Vaccination United Provinces of Agra and Oudh 1902-1913 - 1902-1913
Year: 1902
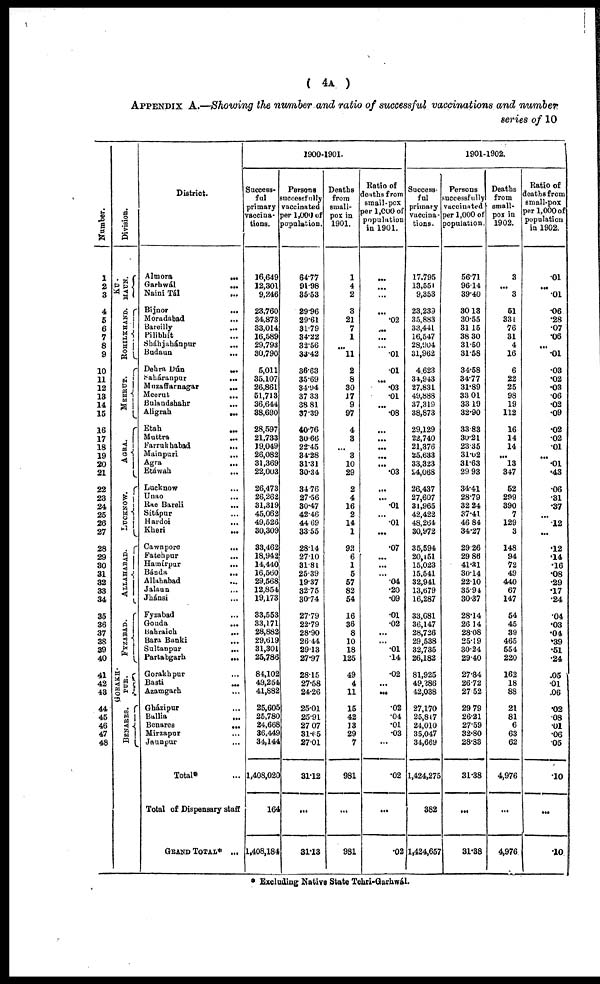
( 4A )
APPENDIX A.—Showing the number and ratio of successful vaccinations and number
series of 10
Number.
1
2
3
4
5
6
7
8
9
10
11
12
13
14
15
16
17
18
19
20
21
22
23
24
25
26
27
28
29
30
31
32
33
34
35
36
37
38
39
40
41
42
43
44
45
46
47
48
Division.
KU¬
MAUN.
ROHILKHAND.
MEERUT.
AGRA.
LUCKNOW.
ALLAHABAD.
FYZABAD.
GORAKH¬
PUR.
BENARES.
District.
Almora
...
Garhwál
...
Naini Tál
...
Bijnor
...
Moradabad
...
Bareilly
...
Pilibhít ...
Sháhjahánpur
...
Budaun ...
Dehra Dún
...
Saháranpur
...
Muzaffarnagar
...
Meerut
...
Bulandshahr
...
Aligrah
...
Etah ...
Muttra ...
Farrukhabad
...
Mainpuri
...
Agra
...
Etáwah
...
Lacknow ...
Unao
...
Rae Bareli
...
Sítápur ...
Hardoi ...
Kheri
...
Cawnpore
...
Fatehpur ...
Hamírpur
...
Bánda
...
Allahabad ...
Jalaun ...
Jhánsi ...
Fyzabad ...
Gonda
...
Babraich
...
Bara Banki ...
Sultanpur
...
Partabgarh
...
Gorakhpur ...
Basti ...
Azamgarh ...
Gházipur ...
Ballia ...
Benares
...
Mirzapur ...
Jaunpur ...
Total* ...
Total of Dispensary staff
GRAND TOTAL* ...
1900-1901.
Success-
ful
primary
vaccina-
tions.
16,649
12,301
9,246
23,760
34,873
33,014
16,589
29,793
30,790
5,011
35,107
26,861
51,713
36,644
38,690
28,597
21,733
19,049
26,082
31,369
22,003
26,473
26,262
31,319
45,062
49,526
30,309
33,462
18,942
14,440
16,560
29,568
12,854
19,173
33,553
33,171
28,882
29,619
31,301
25,786
84,102
49,254
41,882
25,605
25,780
24,668
36,449
34,144
1,408,020
164
1,408,184
Persons
successfully
vaccinated
per l,000 of
population.
64.77
91.98
35.53
29.96
29.61
31.79
34.22
32.56
33.42
36.63
35.69
34.94
37.33
38.81
37.39
40.76
30.66
22.45
34.28
31.31
30.34
34.76
27.56
30.47
42.46
44.69
33.55
28.14
27.10
31.81
25.39
19.37
32.75
30.74
27.79
22.79
28.90
26.44
29.13
27.97
28.15
27.58
24.26
25.01
25.91
27.07
31.65
27.01
31.12
...
31.13
Deaths
from
small-
pox in
1901.
1
4
2
3
21
7
1
...
11
2
8
30
17
9
97
4
3
...
3
10
29
2
4
16
2
14
1
92
6
1
5
57
82
54
16
36
8
10
18
125
49
4
11
15
42
13
29
7
981
...
981
Ratio of
deaths from
small-pox
per 1,000 of
population
in 1901.
...
...
...
...
.02
...
...
...
.01
.01
...
.03
.01
...
.08
...
...
...
...
...
.03
...
...
.01
...
.01
...
.07
...
...
...
.04
.20
.09
.01
.02
...
...
.01
.14
.02
...
...
.02
.04
.01
.03
...
.02
...
.02
1901-1902.
Success-
ful
primary
vaccina-
tions.
17,795
13,551
9,353
23,239
35,883
33,441
16,547
28,904
31,962
4,623
31,943
27,831
49,888
37,319
38,873
29,129
22,740
21,376
25,633
33,323
24,068
26,437
27,607
31,965
42,422
48,264
30,972
35,594
20,151
15,023
15,541
32,941
13,679
16,287
33,681
36,147
28,726
29,538
32,735
26,182
81,925
49,286
42,038
27,170
25,807
24,010
35,047
34,669
1,424,275
382
1,424,657
Persons
successfully
vaccinated
per 1,000 of
population.
56.71
96.14
39.40
30.13
30.55
31.15
38.30
31.50
31.58
34.58
34.77
31.89
33.01
33.19
32.90
33.83
30.21
23.35
31.02
31.63
29.93
34.41
28.79
32.24
37.41
46.84
34.27
29.26
29.86
41.31
30.14
22.10
35.94
30.37
28.14
26.14
28.08
25.19
30.24
29.40
27.84
26.72
27.52
29.79
26.21
27.59
32.80
28.83
31.38
...
31.38
Deaths
from
small-
pox in
1902.
3
...
3
51
331
76
31
4
16
6
22
25
98
19
112
16
14
14
...
13
347
52
299
390
7
129
3
148
94
72
49
440
67
147
54
45
39
465
554
220
162
18
88
21
81
6
63
62
4,976
...
4,976
Ratio of
deaths from
small-pox
per 1,000 of
population
in 1902.
.01
...
.01
.06
.28
.07
.06
...
.01
.03
.02
.03
.06
.02
.09
.02
.02
.01
...
.01
.43
.06
.31
.37
...
.12
...
.12
.14
.16
.08
.29
.17
.24
.04
.03
.04
.39
.51
.24
.05
.01
.06
.02
.08
.01
.06
.05
.10
...
.10
* Excluding Native State Tehri-Garhwál.